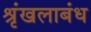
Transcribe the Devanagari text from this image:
श्रृंखलाबंध